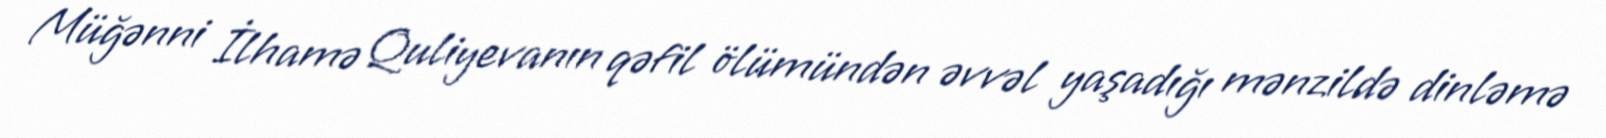
Müğənni İlhamə Quliyevanın qəfil ölümündən əvvəl yaşadığı mənzildə dinləmə